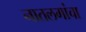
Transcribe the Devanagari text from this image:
नातलगांचा